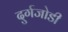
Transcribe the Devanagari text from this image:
दुर्गजोडी